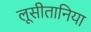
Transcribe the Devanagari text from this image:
लूसीतानिया